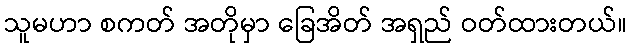
သူမဟာ စကတ် အတိုမှာ ခြေအိတ် အရှည် ဝတ်ထားတယ်။